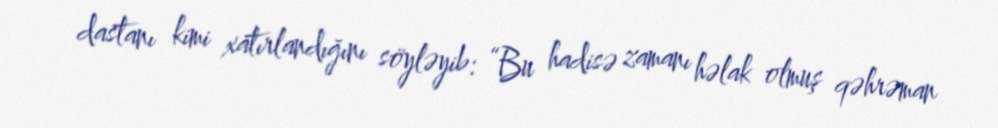
dastanı kimi xatırlandığını söyləyib: “Bu hadisə zamanı həlak olmuş qəhrəman